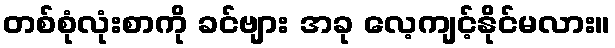
တစ်စုံလုံးစာကို ခင်ဗျား အခု လေ့ကျင့်နိုင်မလား။